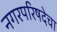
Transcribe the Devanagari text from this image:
नगरपरिषदेचा